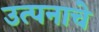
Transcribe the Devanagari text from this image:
उत्पनाचे